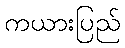
ကယားပြည်